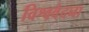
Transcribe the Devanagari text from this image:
विश्ववेदना